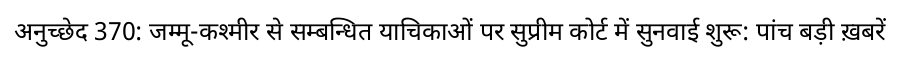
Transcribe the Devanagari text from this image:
अनुच्छेद 370: जम्मू-कश्मीर से सम्बन्धित याचिकाओं पर सुप्रीम कोर्ट में सुनवाई शुरू: पांच बड़ी ख़बरें